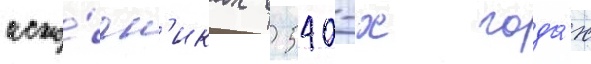
исто́чн'иках в 540-х года́х